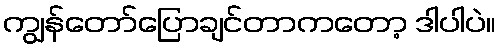
ကျွန်တော်ပြောချင်တာကတော့ ဒါပါပဲ။